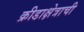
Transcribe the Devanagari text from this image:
क्रीडाक्षेत्राची